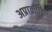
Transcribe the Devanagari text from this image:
अप्राक्र्तीक